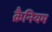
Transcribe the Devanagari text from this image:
क्रैनियम